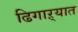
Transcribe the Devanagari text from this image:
ढिगाऱ्यात